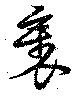
衺